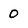
Character: 0